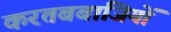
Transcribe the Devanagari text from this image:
करतबबाजियों